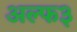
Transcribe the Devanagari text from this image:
अल्फ३